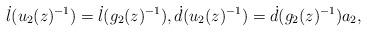
LaTeX: \begin{align*}\dot l(u_2(z)^{-1})=\dot l( g_2(z)^{-1}),\dot d(u_2(z)^{-1})=\dot d(g_2(z)^{-1})a_2,\end{align*}